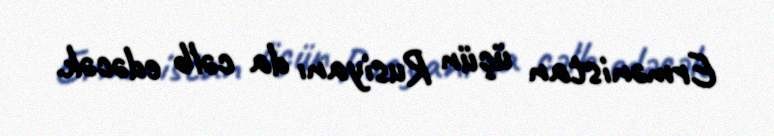
Ermənistan üçün Rusiyanı da cəlb edəcək.